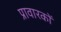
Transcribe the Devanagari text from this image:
प्रावारकों